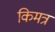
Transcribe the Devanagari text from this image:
किमत्र